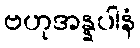
ဗဟုအန္နပါနံ